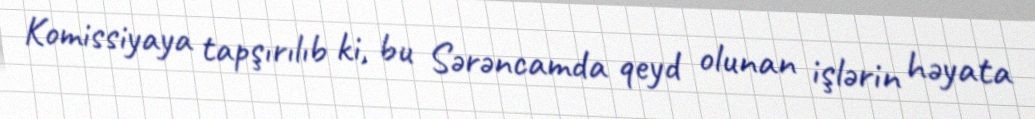
Komissiyaya tapşırılıb ki, bu Sərəncamda qeyd olunan işlərin həyata